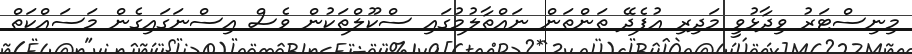
މިނިސްޓަރު ވިދާޅުވީ މަދިރި އުފެދޭ ތަންތަން ނައްތާލުމުގައި ސްކޫލްތަކުން ވެސް އިސްނަގައިގެން މަސައްކަތް